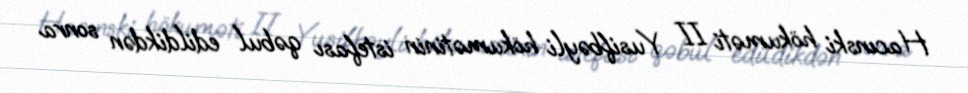
Hacınski hökuməti II Yusifbəyli hökumətinin istefası qəbul edildikdən sonra